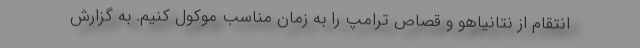
انتقام از نتانیاهو و قصاص ترامپ را به زمان مناسب موکول کنیم. به گزارش